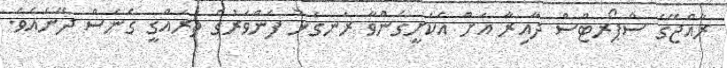
ރާއްޖޭގެ ސްޕޯރޓްސް ދާއިރާ އަށް އެކަށީގެންވާ ރަނގަޅު ފެންވަރުގެ ތަރައްގީ ގެނެސް ދޭނެއެވެ.